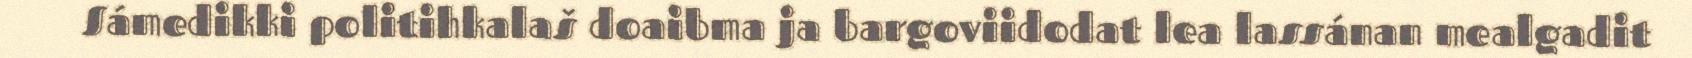
Sámedikki politihkalaš doaibma ja bargoviidodat lea lassánan mealgadit